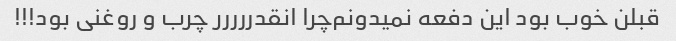
قبلن خوب بود این دفعه نمیدونم‌چرا انقدررررر چرب و روغنی بود!!!